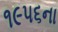
૧૯૫૬ના